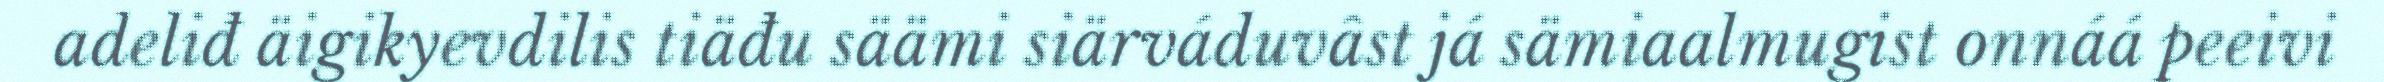
adeliđ äigikyevdilis tiäđu säämi siärváduvâst já sämiaalmugist onnáá peeivi